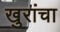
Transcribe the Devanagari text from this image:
खुरांचा